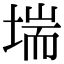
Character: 㙐